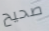
صحيح